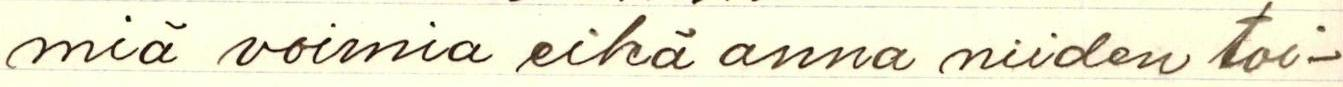
miä voimia eikä anna niiden toi-